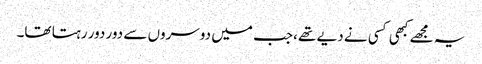
یہ مجھے کبھی کسی نے دیے تھے ،جب میں دوسروں سے دور دور رہتا تھا۔